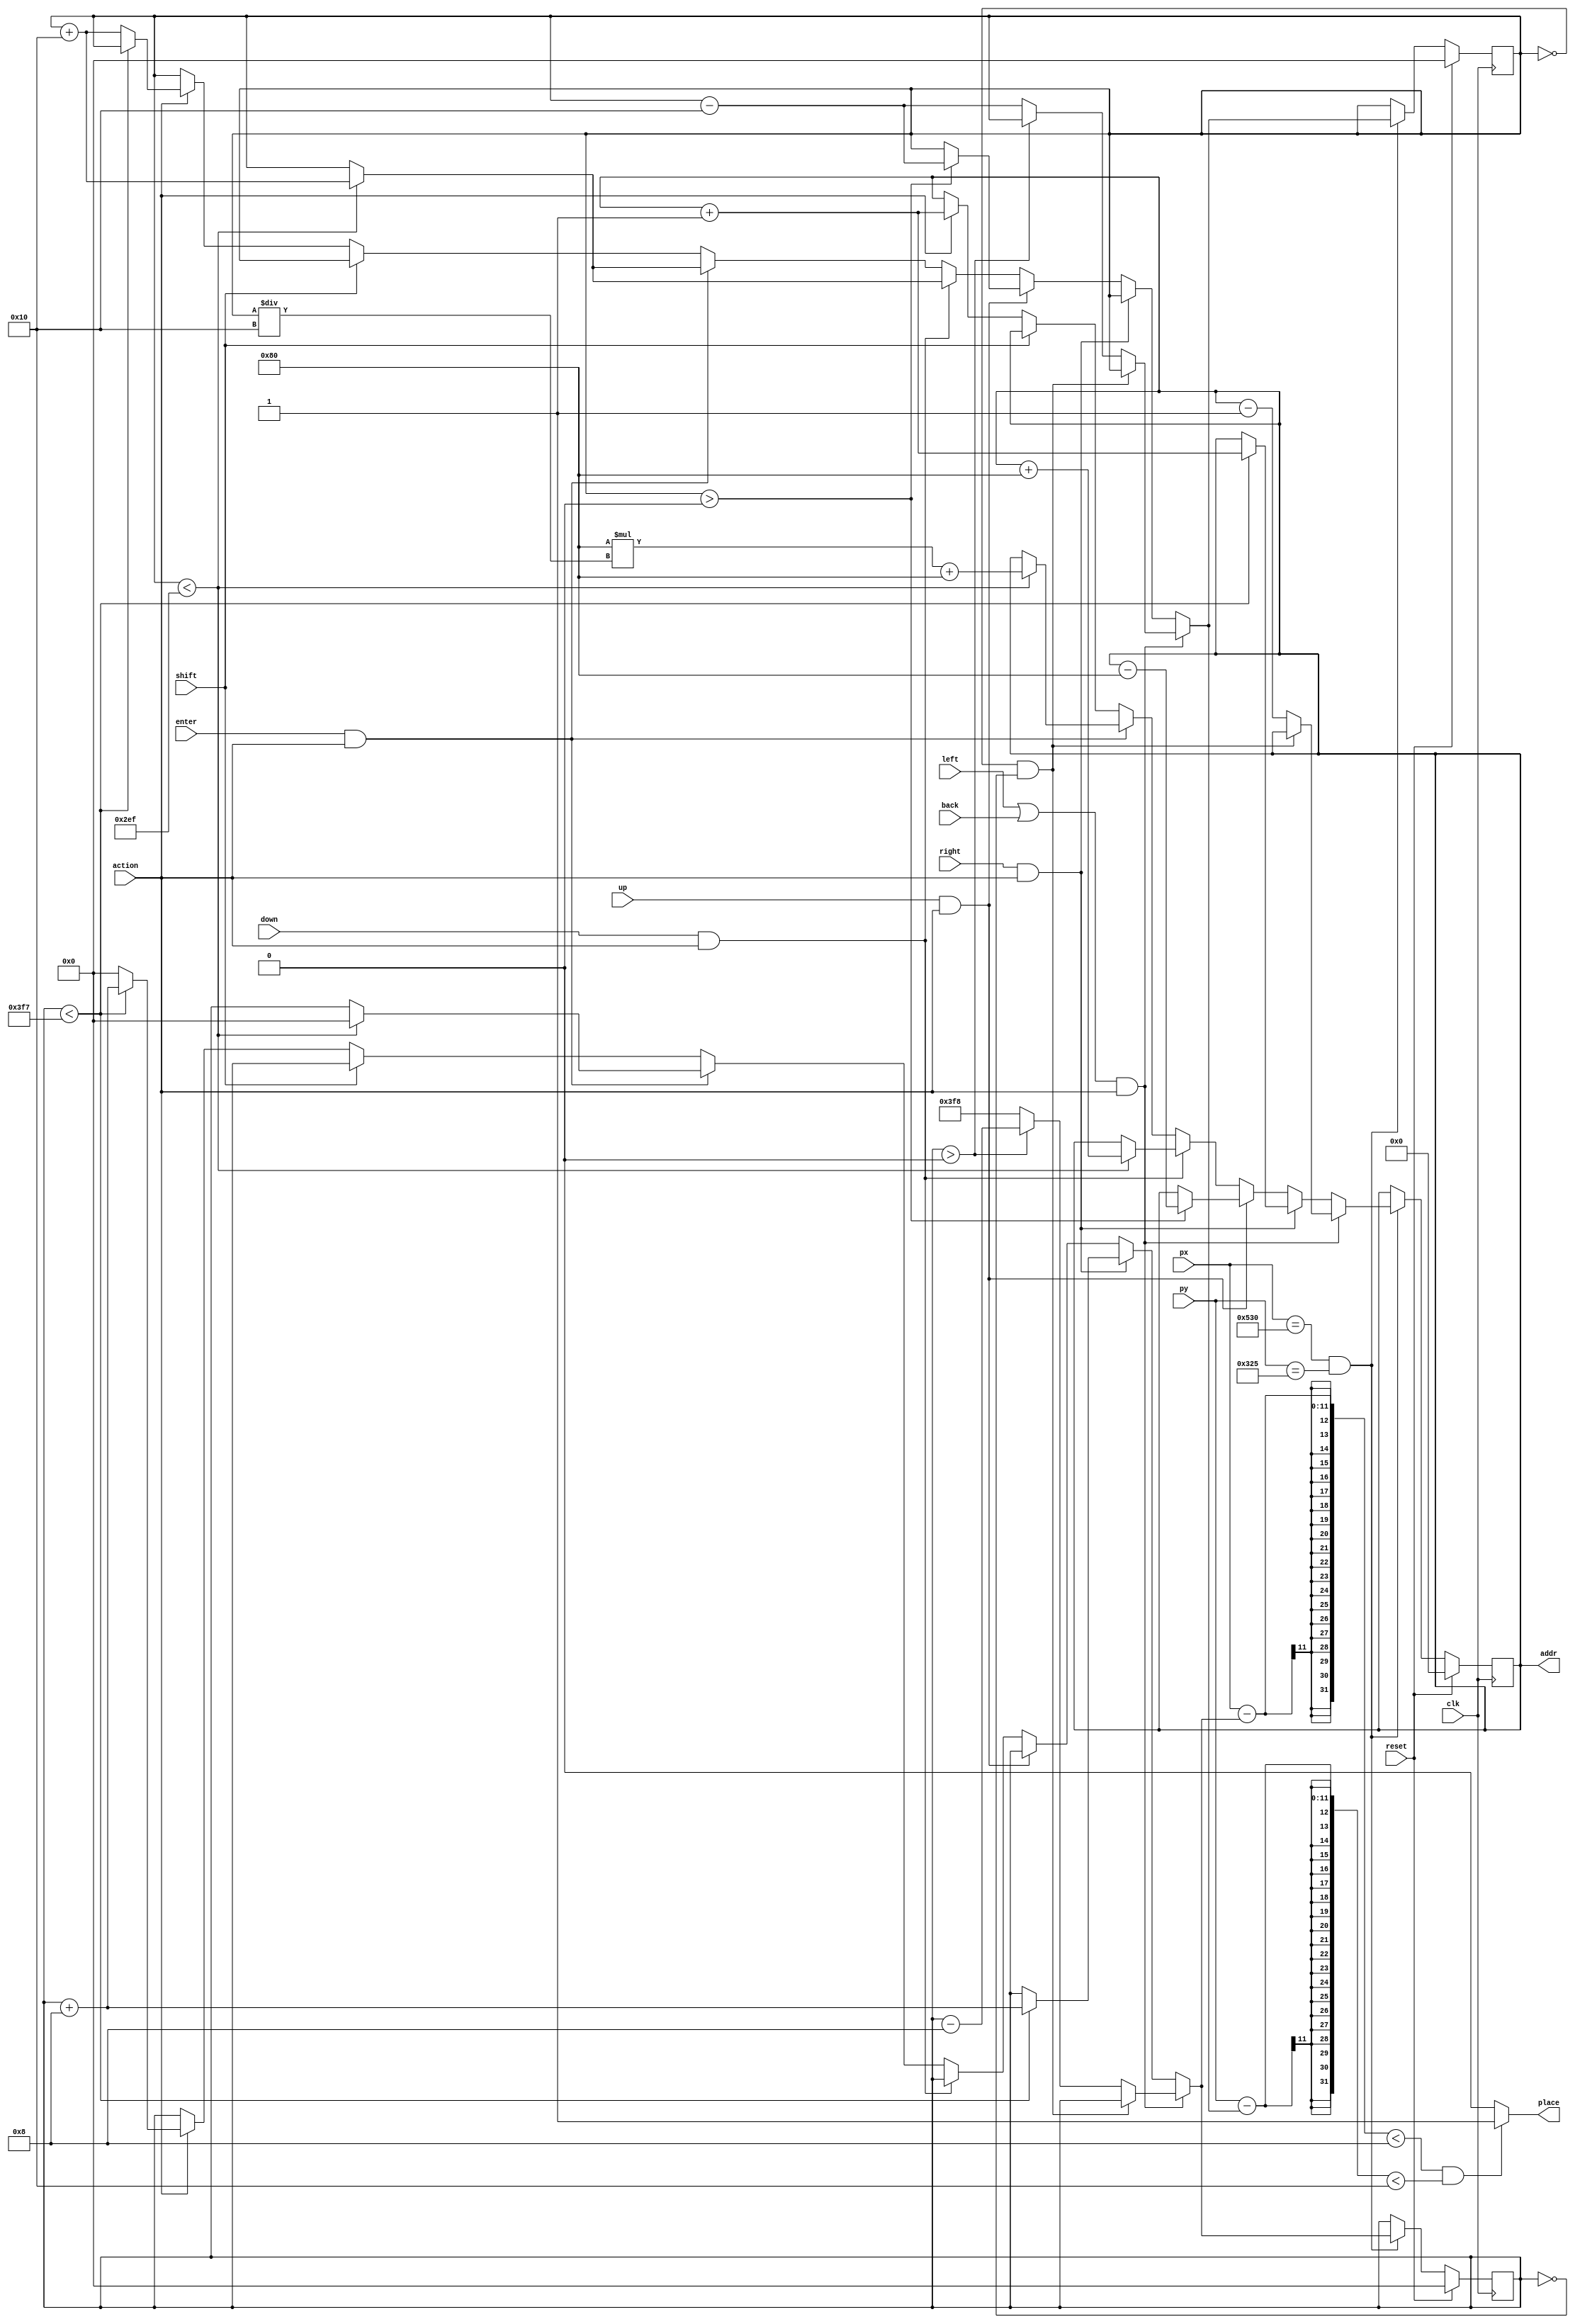
//=====================================================
module cursor_position(input wire clk,
							  input wire reset,
							  input wire action,
							  input wire left,
							  input wire right,
							  input wire up,
							  input wire down,
							  input wire enter,
							  input wire back,
							  input wire shift,
							  input wire [10:0] px,
							  input wire [10:0] py,
							  output wire place,
							  output wire [12:0] addr
							  );
reg[10:0] x,y,nx,ny;							  
reg[12:0] counter, ncounter;
reg display;

assign place=display;
assign addr=counter;
							  
always @(posedge clk)begin
	if(reset)
	begin
		x<=0;//512;
		y<=0;//384;
		counter<=0;
	end
	else if(px==1328 && py==805)
	begin
		x<=nx;
		y<=ny;
		counter<=ncounter;
	end 
end
reg bs;

always @(*) begin
	ny=y;
	nx=x;
	ncounter=counter;
	display=0;
	if((left||back) && action)
	 begin
	 if(y==0 && x==0) bs=0; 

	 else if(x>0)
		begin
			nx=x-8;
			ncounter=counter-1;
		end
	 else 
		begin
			nx=1016;
			ny=y-16;
		   ncounter=counter-1;
		end
	 end
	else if( right && action)
	 begin
	 if(x<1015)
		begin
			nx=x+8;
			ncounter=counter+1;
		end
	 end
	else if(up&& action) 
	 begin
	 if(y>0)
		begin
			ny=y-16;
			ncounter=counter-128;
		end
	 end
	else if(down && action)  
	 begin
	 if(y<751)
		begin
			ny=y+16;
			ncounter=counter+128;
		end
	 end
	 else if(enter && action)
	 begin
	  	 if(y<751)
		 begin
			ny=y+16;
			nx = 0;
			ncounter=128*(y/16)+128;
		end
	 end
	 else if(shift) bs=0;

	 else if(action)
	  begin
			if(x<1015)
			begin
				nx=x+8;
				ncounter=counter+1;
			end
			else
			begin
				ny = y + 16; // at end of line; go to next line
				nx = 0;
				ncounter=counter+1;
			end
		end
	 
	if(px-nx<8 && py-ny <16) display=1;
end

assign moved = counter != ncounter;
endmodule